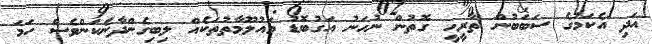
އަދި އެކަމުގެ ސަބަބުން ތާރީހީ ގޮތުން ނުހަނު އަގުބޮޑު މައުލޫމާތުތަކެއް ލިބިގެންދާނެކަންވެސް ހަމަ